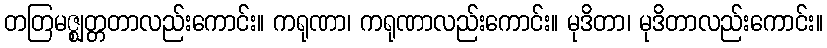
တတြမဇ္ဈတ္တတာလည်းကောင်း။ ကရုဏာ၊ ကရုဏာလည်းကောင်း။ မုဒိတာ၊ မုဒိတာလည်းကောင်း။